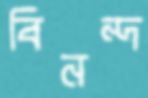
বিনন্দ